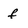
Character: f